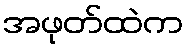
အဖုတ်ထဲက